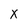
Character: x